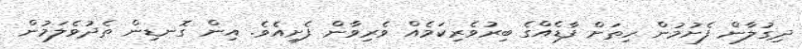
ދިގުލާން ފެށުމުން ހިތަށް ފާޑެއްގެ ބިރުވެރިކަމެއް ވެރިވާން ފެށިއެވެ. އިން ގޮނޑިން ތެދުވެލަމުން